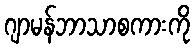
ဂျာမန်ဘာသာစကားကို